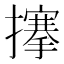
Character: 𢷘